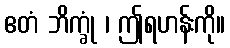
ဧတံ ဘိက္ခုံ ၊ ဤရဟန်းကို။